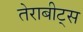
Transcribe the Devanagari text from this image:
तेराबीट्स